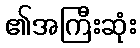
၏အကြီးဆုံး